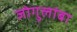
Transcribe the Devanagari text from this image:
जोगुलांबा